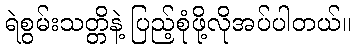
ရဲစွမ်းသတ္တိနဲ့ ပြည့်စုံဖို့လိုအပ်ပါတယ်။